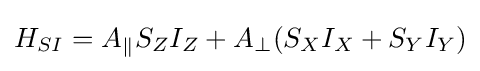
H_{SI}=A_{\parallel }S_{Z}I_{Z}+A_{\perp }(S_{X}I_{X}+S_{Y}I_{Y})